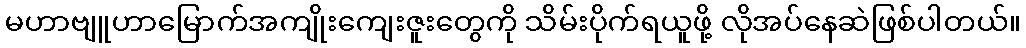
မဟာဗျူဟာမြောက်အကျိုးကျေးဇူးတွေကို သိမ်းပိုက်ရယူဖို့ လိုအပ်နေဆဲဖြစ်ပါတယ်။